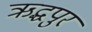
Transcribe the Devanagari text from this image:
ऋद्धपुर